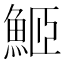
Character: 䱌